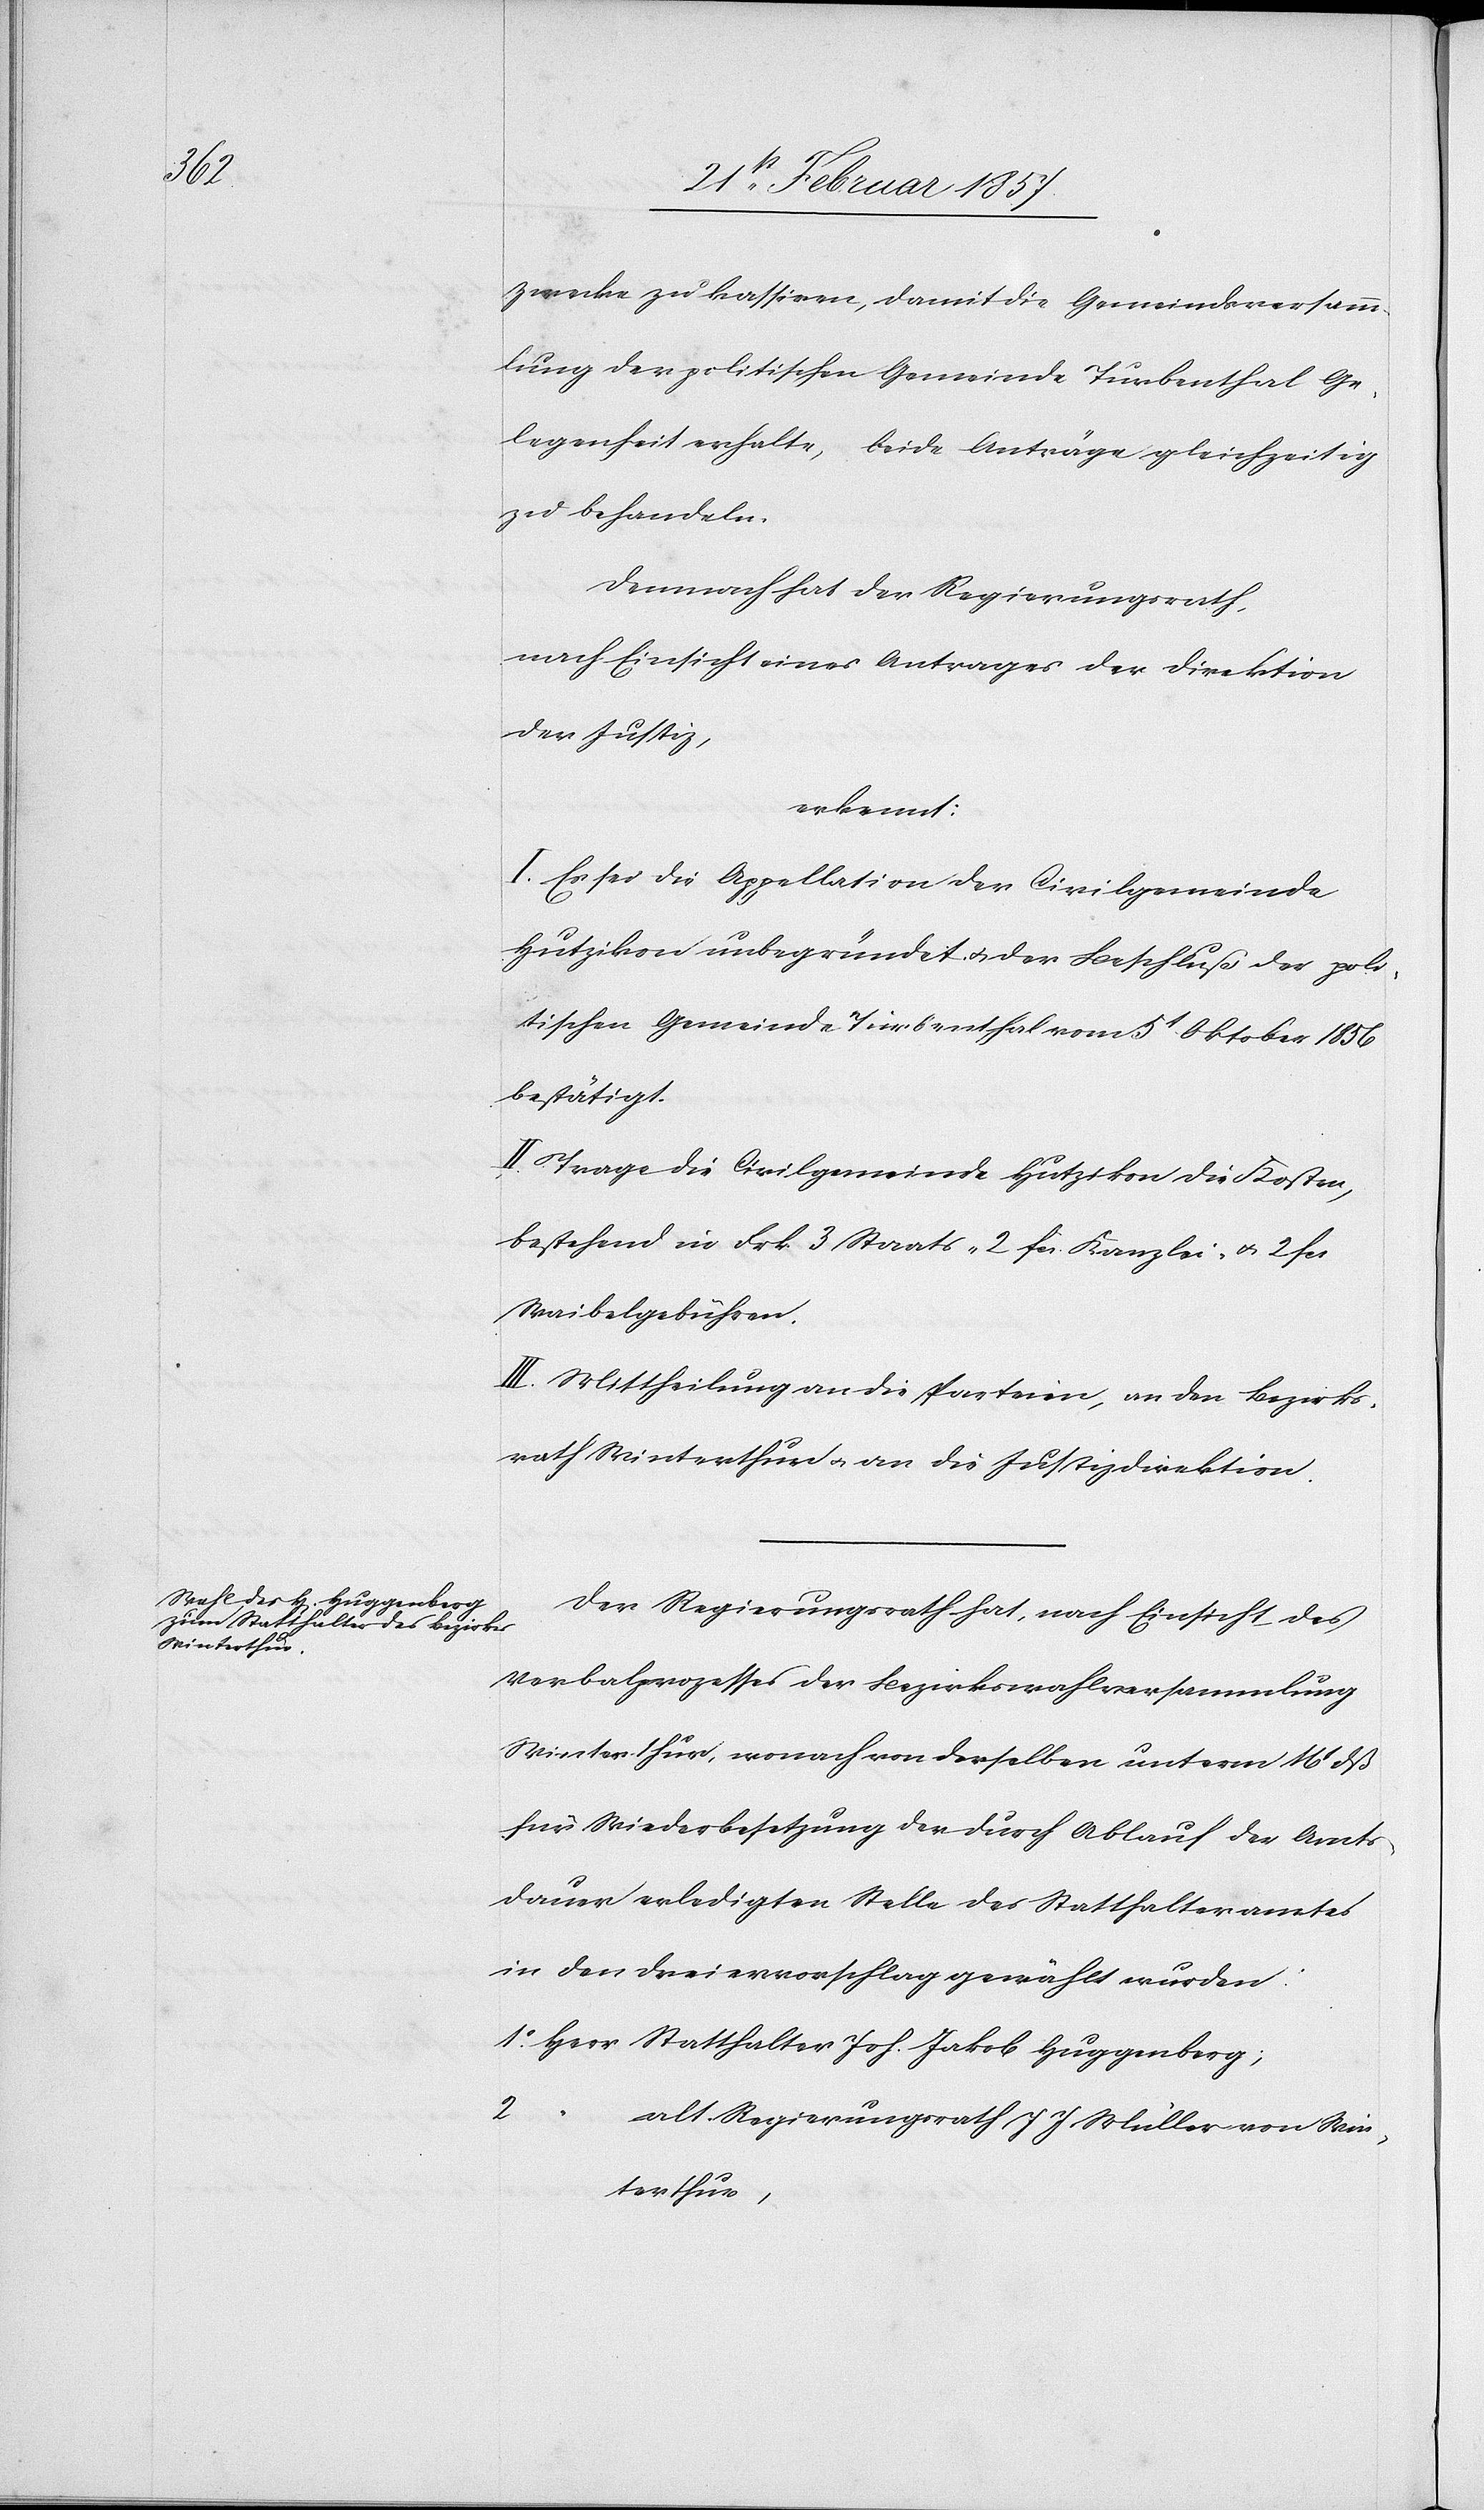
Zwecke zu kassiren, damit die Gemeindsversamm¬
lung der politischen Gemeinde Turbenthal Ge¬
legenheit erhalte, beide Anträge gleichzeitig
zu behandeln.
Demnach hat der Regierungsrath,
nach Einsicht eines Antrages der Direktion
der Justiz,
erkennt:
I. Es sei die Appellation der Civilgemeinde
Hutzikon unbegründet u. der Beschluß der poli¬
tischen Gemeinde Turbenthal vom 5t Oktober 1856
bestätigt.
II. Trage die Civilgemeinde Hutzikon die Kosten,
bestehend in Frk. 3 Staats-[,] 2 fr. Kanzlei- u. 2 fr.
Waibelgebühren.
III. Mittheilung an die Parteien, an den Bezirks¬
rath Winterthur u. an die Justizdirektion.
Der Regierungsrath hat, nach Einsicht des
Verbalprozesses der Bezirkswahlversammlung
Winterthur, wonach von derselben unterm 16t dß
für Wiederbesetzung der durch Ablauf der Amts¬
dauer erledigten Stelle des Statthalteramtes
in den Dreiervorschlag gewählt wurden:
1. Herr Statthalter Joh. Jakob Huggenberg;
2.
alt Regierungsrath J J Müller von Win¬
terthur,